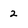
Character: 2